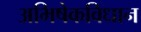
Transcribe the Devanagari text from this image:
अभिषेकविधान